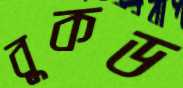
বুকড